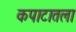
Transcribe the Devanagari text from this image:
कपाटातला